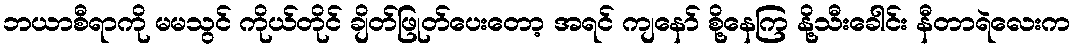
ဘယာစီရာကို မမသွင် ကိုယ်တိုင် ချိတ်ဖြုတ်ပေးတော့ အရင် ကျနော် စို့နေကြ နို့သီးခေါင်း နီတာရဲလေးက